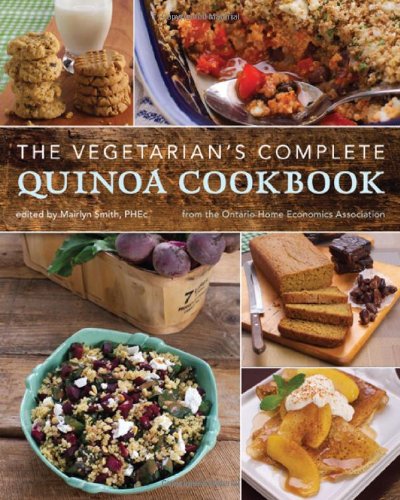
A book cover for The Vegetarian's Complete Quinoa Cookbook; Cookbooks, Food & Wine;